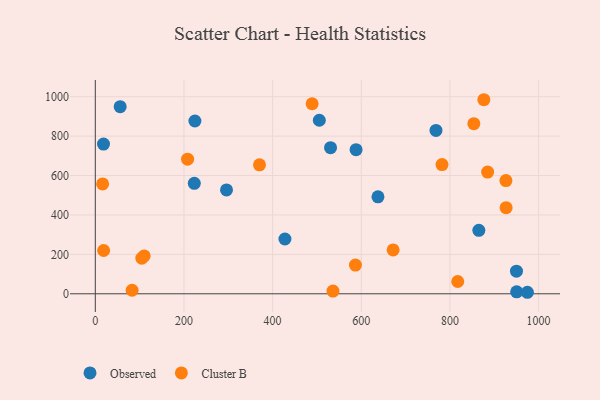
{"axis": {"x": "Price", "y": "Salary"}, "legend": ["Cluster B", "Observed"], "data": [{"x": "505.4", "y": 880.7, "type": "Observed"}, {"x": "56.1", "y": 949.6, "type": "Observed"}, {"x": "427.8", "y": 278.1, "type": "Observed"}, {"x": "223.3", "y": 560.4, "type": "Observed"}, {"x": "950.2", "y": 114.9, "type": "Observed"}, {"x": "224.7", "y": 876.8, "type": "Observed"}, {"x": "530.7", "y": 741.3, "type": "Observed"}, {"x": "18.5", "y": 759.5, "type": "Observed"}, {"x": "296.0", "y": 527.0, "type": "Observed"}, {"x": "950.6", "y": 10.0, "type": "Observed"}, {"x": "768.6", "y": 828.9, "type": "Observed"}, {"x": "637.7", "y": 491.9, "type": "Observed"}, {"x": "974.8", "y": 7.7, "type": "Observed"}, {"x": "865.3", "y": 322.0, "type": "Observed"}, {"x": "588.3", "y": 731.5, "type": "Observed"}, {"x": "876.6", "y": 984.8, "type": "Cluster B"}, {"x": "110.2", "y": 192.2, "type": "Cluster B"}, {"x": "489.2", "y": 964.5, "type": "Cluster B"}, {"x": "885.1", "y": 617.7, "type": "Cluster B"}, {"x": "926.8", "y": 437.2, "type": "Cluster B"}, {"x": "926.4", "y": 574.5, "type": "Cluster B"}, {"x": "817.7", "y": 62.5, "type": "Cluster B"}, {"x": "18.8", "y": 219.8, "type": "Cluster B"}, {"x": "16.5", "y": 557.7, "type": "Cluster B"}, {"x": "782.2", "y": 655.7, "type": "Cluster B"}, {"x": "83.0", "y": 17.9, "type": "Cluster B"}, {"x": "208.2", "y": 683.3, "type": "Cluster B"}, {"x": "536.2", "y": 13.7, "type": "Cluster B"}, {"x": "370.4", "y": 654.3, "type": "Cluster B"}, {"x": "854.0", "y": 863.3, "type": "Cluster B"}, {"x": "105.0", "y": 180.6, "type": "Cluster B"}, {"x": "586.9", "y": 145.7, "type": "Cluster B"}, {"x": "671.9", "y": 222.4, "type": "Cluster B"}]}